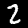
Digit: 2